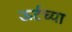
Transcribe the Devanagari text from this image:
ऊर्टच्या